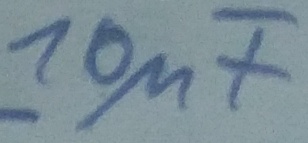
Text: 10µF